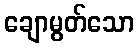
ချောမွတ်သော